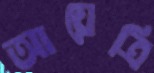
আয়েত্রি